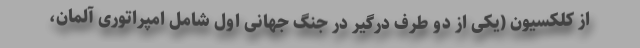
از کلکسیون (یکی از دو طرف درگیر در جنگ جهانی اول شامل امپراتوری آلمان،